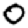
Digit: 0